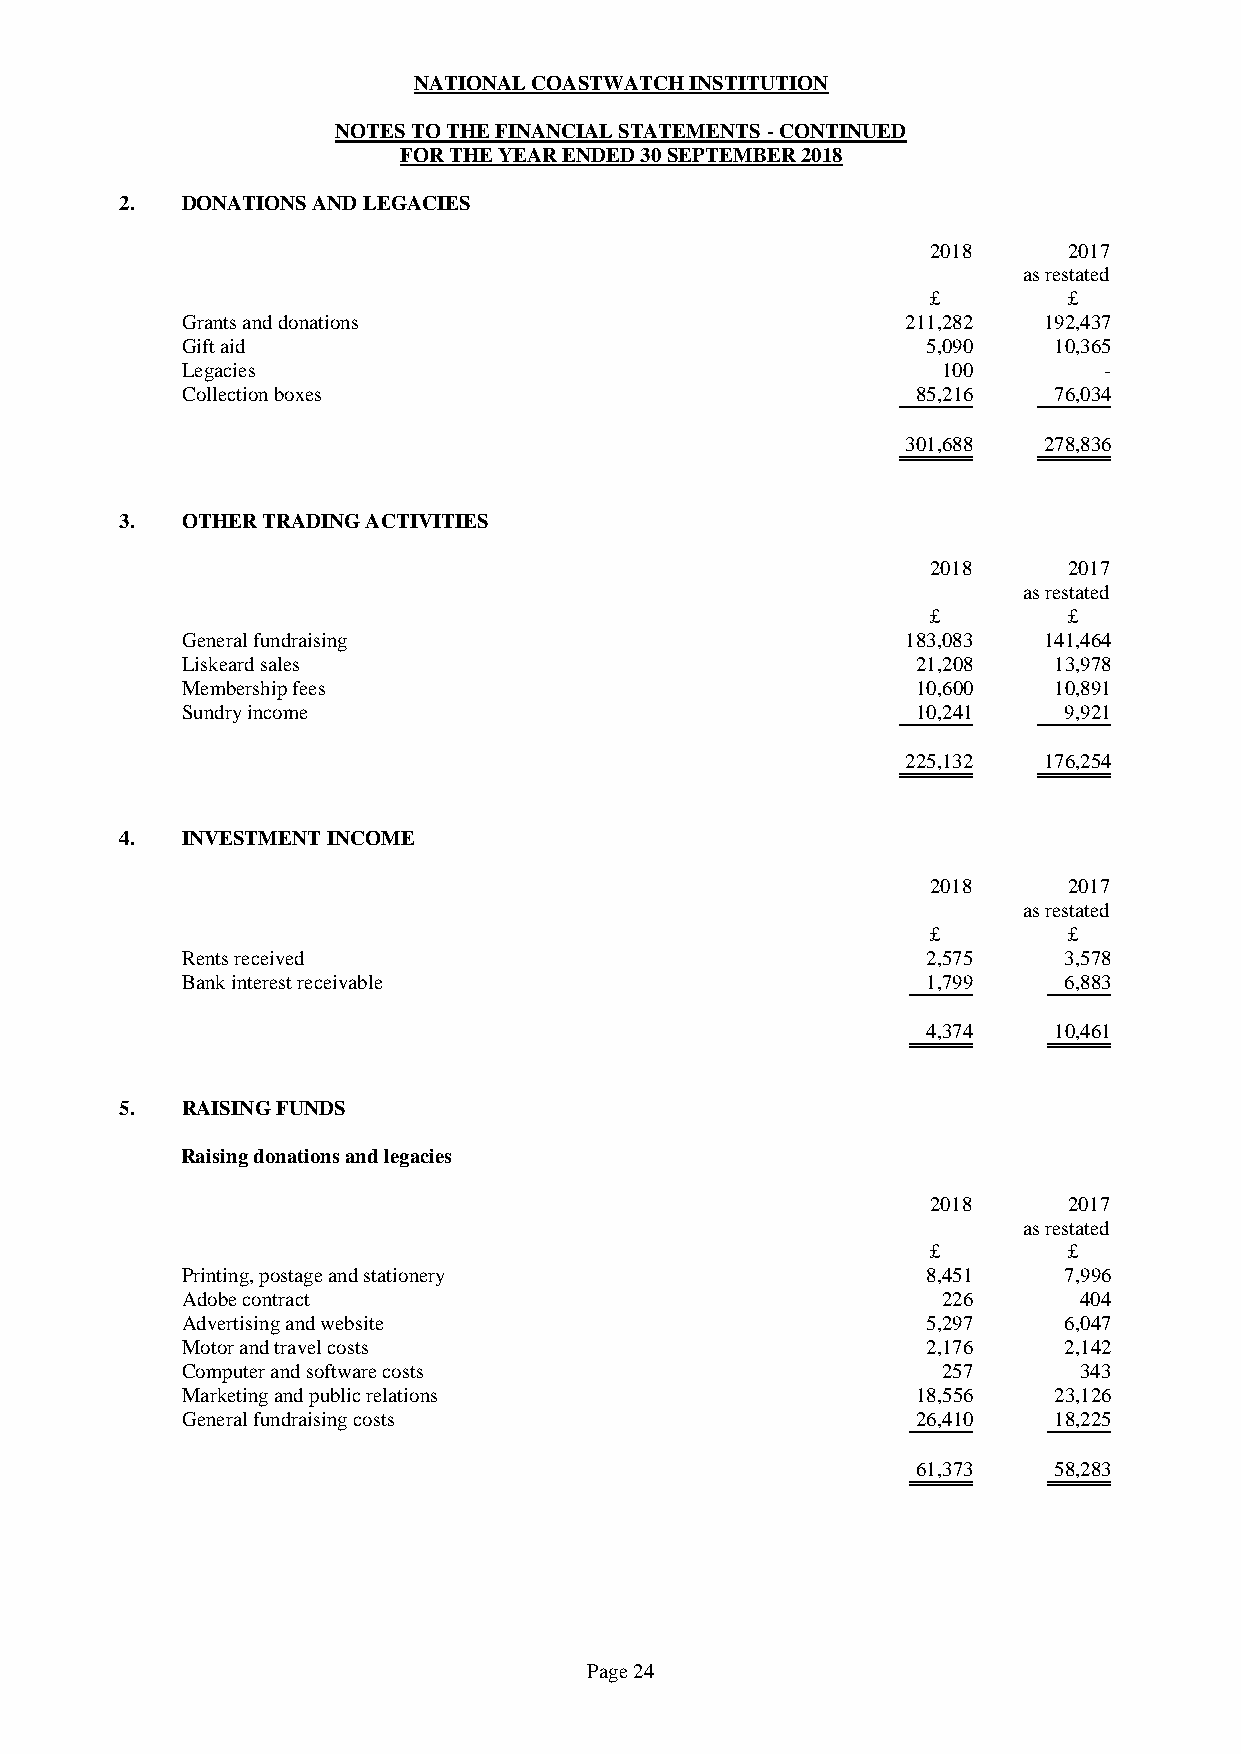
NATIONAL COASTWATCH INSTITUTION
 NOTES TO THE FINANCIAL STATEMENTS - CONTINUED
 FOR THE YEAR ENDED 30 SEPTEMBER 2018
 2.  DONATIONS AND LEGACIES
 2018     2017
 as restated
 £        £
 Grants and donations                            211,282  192,437
 Gift aid                                         5,090    10,365
 Legacies                                          100        -
 Collection boxes                                 85,216   76,034
 301,688  278,836
 3.  OTHER TRADING ACTIVITIES
 2018     2017
 as restated
 £        £
 General fundraising                             183,083  141,464
 Liskeard sales                                   21,208   13,978
 Membership fees                                  10,600   10,891
 Sundry income                                    10,241   9,921
 225,132  176,254
 4.  INVESTMENT INCOME
 2018     2017
 as restated
 £        £
 Rents received                                   2,575    3,578
 Bank interest receivable                         1,799    6,883
 4,374    10,461
 5.  RAISING FUNDS
 Raising donations and legacies
 2018     2017
 as restated
 £        £
 Printing, postage and stationery                 8,451    7,996
 Adobe contract                                    226      404
 Advertising and website                          5,297    6,047
 Motor and travel costs                           2,176    2,142
 Computer and software costs                       257      343
 Marketing and public relations                   18,556   23,126
 General fundraising costs                        26,410   18,225
 61,373   58,283
 Page 24